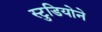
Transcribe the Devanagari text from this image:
स्टुडियोने